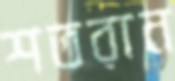
শতরান